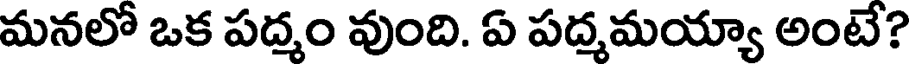
మనలో ఒక పద్మం వుంది. ఏ పద్మమయ్యా అంటే?